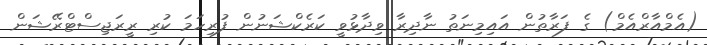
(އެމްއާރްއެމް) ގެ ފަރާތުން އައިމިނަތު ނާދިރާ ވިދާޅުވީ ކަރެކްޝަނުން ފުރިހަމަ ކުރި ރީރަޖިސްޓްރޭޝަން